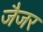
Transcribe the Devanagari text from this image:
जैजर